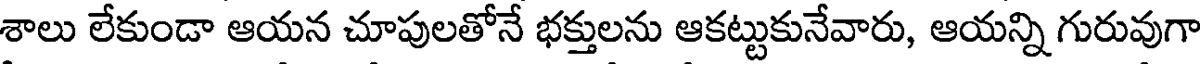
శాలు లేకుండా ఆయన చూపులతోనే భక్తులను ఆకట్టుకునేవారు, ఆయన్ని గురువుగా